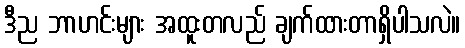
ဒီည ဘာဟင်းများ အထူးတလည် ချက်ထားတာရှိပါသလဲ။